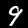
Label: 9